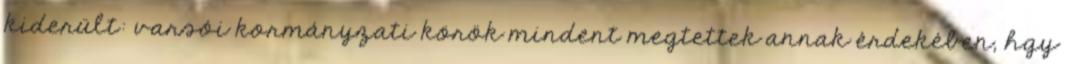
kiderült: varsói kormányzati körök mindent megtettek annak érdekében, hgy